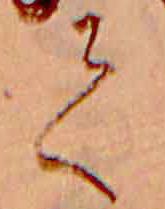
て